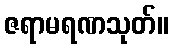
ဇရာမရဏသုတ်။